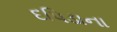
દપિડાના